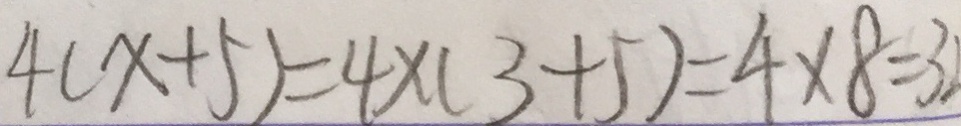
4 ( x + 5 ) = 4 \times ( 3 + 5 ) = 4 \times 8 = 3 2